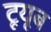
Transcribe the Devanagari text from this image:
टूयूब